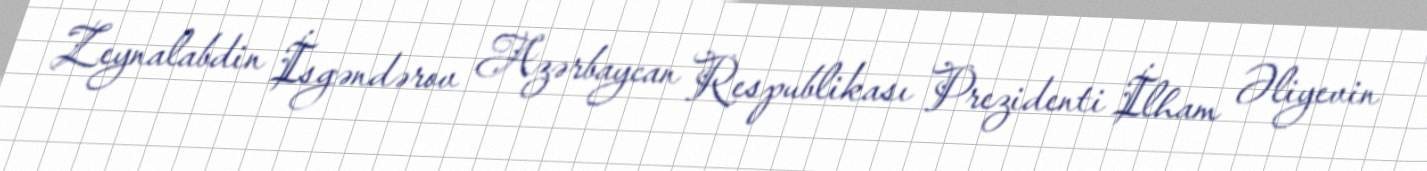
Zeynalabdin İsgəndərov Azərbaycan Respublikası Prezidenti İlham Əliyevin